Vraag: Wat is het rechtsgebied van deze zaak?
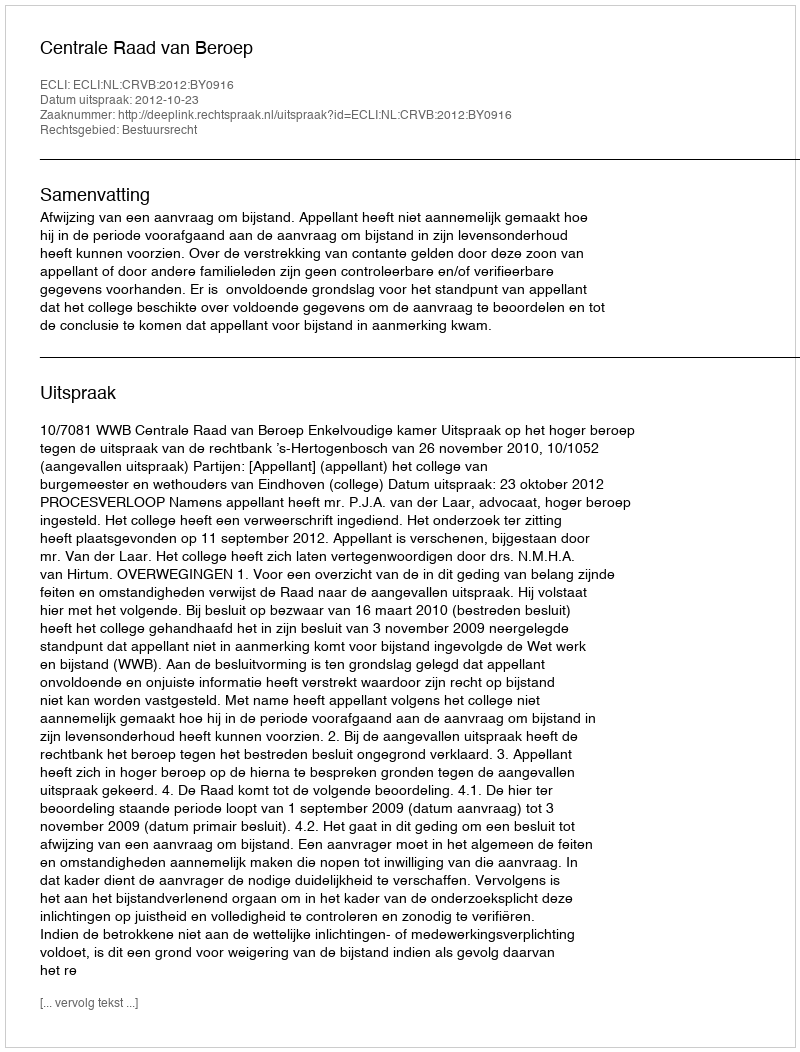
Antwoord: Bestuursrecht